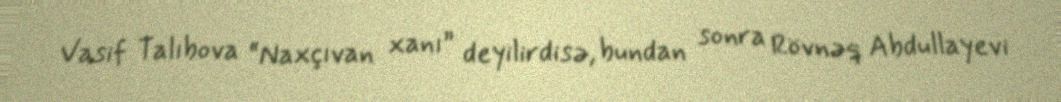
Vasif Talıbova “Naxçıvan xanı” deyilirdisə, bundan sonra Rövnəq Abdullayevi